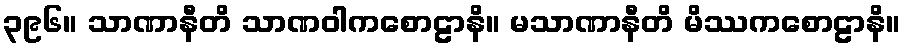
၃၉၆။ သာဏာနီတိ သာဏဝါကစောဠာနိ။ မသာဏာနီတိ မိဿကစောဠာနိ။